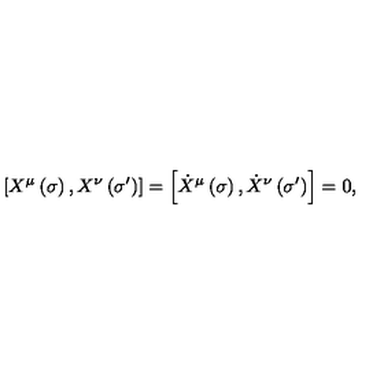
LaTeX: \left[ X ^ { \mu } \left( \sigma \right) , X ^ { \nu } \left( \sigma ^ { \prime } \right) \right] = \left[ \dot { X } ^ { \mu } \left( \sigma \right) , \dot { X } ^ { \nu } \left( \sigma ^ { \prime } \right) \right] = 0 ,